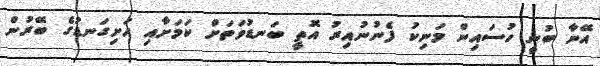
އޭނާ ބުނީ ހުސައިން މަނިކު ފެނުނުއިރު އޮތީ ބަނޑުވަތަށް ކަމަށާއި ހަށިގަނޑުގެ ބޭރުން